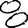
Digit: 8